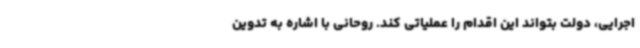
اجرایی، دولت بتواند این اقدام را عملیاتی کند. روحانی با اشاره به تدوین